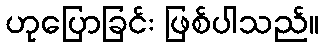
ဟုပြောခြင်း ဖြစ်ပါသည်။